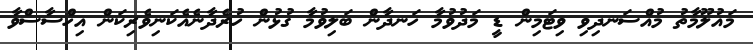
މައުލޫމާތު މުއްސަނދިވި ވިޓަމިން ޑީ މަދުވުމާ ހަނދާން ބަލިވުމާ ގުޅުން ހުރެދާނެއެކަނިވެރިކަން އިހްސާސްވާ